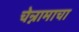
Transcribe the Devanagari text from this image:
चेन्नामाचा